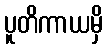
ပူတိကာယမှိ